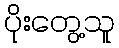
ပိုးတွေ့သူ